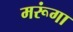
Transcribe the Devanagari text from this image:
मरूंगा